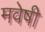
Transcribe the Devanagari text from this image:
मवेषी